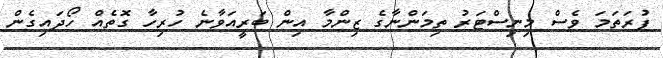
ފުރަތަމަ ވެސް މިނިސްޓަރު ތިމަންނާގެ ޒިންމާ އިން ބަރީއަވާނެ ހުރިހާ ގޮތެއް ހޯދައިގެން